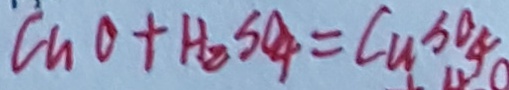
C u O + H _ { 2 } S O _ { 4 } = C u S O _ { 4 }